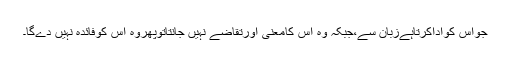
جواس کواداکرتاہےزبان سے،جبکہ وہ اس کامعنی اورتقاضے نہیں جانتاتوپھروہ اس کوفائدہ نہیں دےگا۔